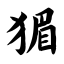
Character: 猸